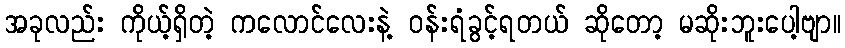
အခုလည်း ကိုယ့်ရှိတဲ့ ကလောင်လေးနဲ့ ဝန်းရံခွင့်ရတယ် ဆိုတော့ မဆိုးဘူးပေါ့ဗျာ။